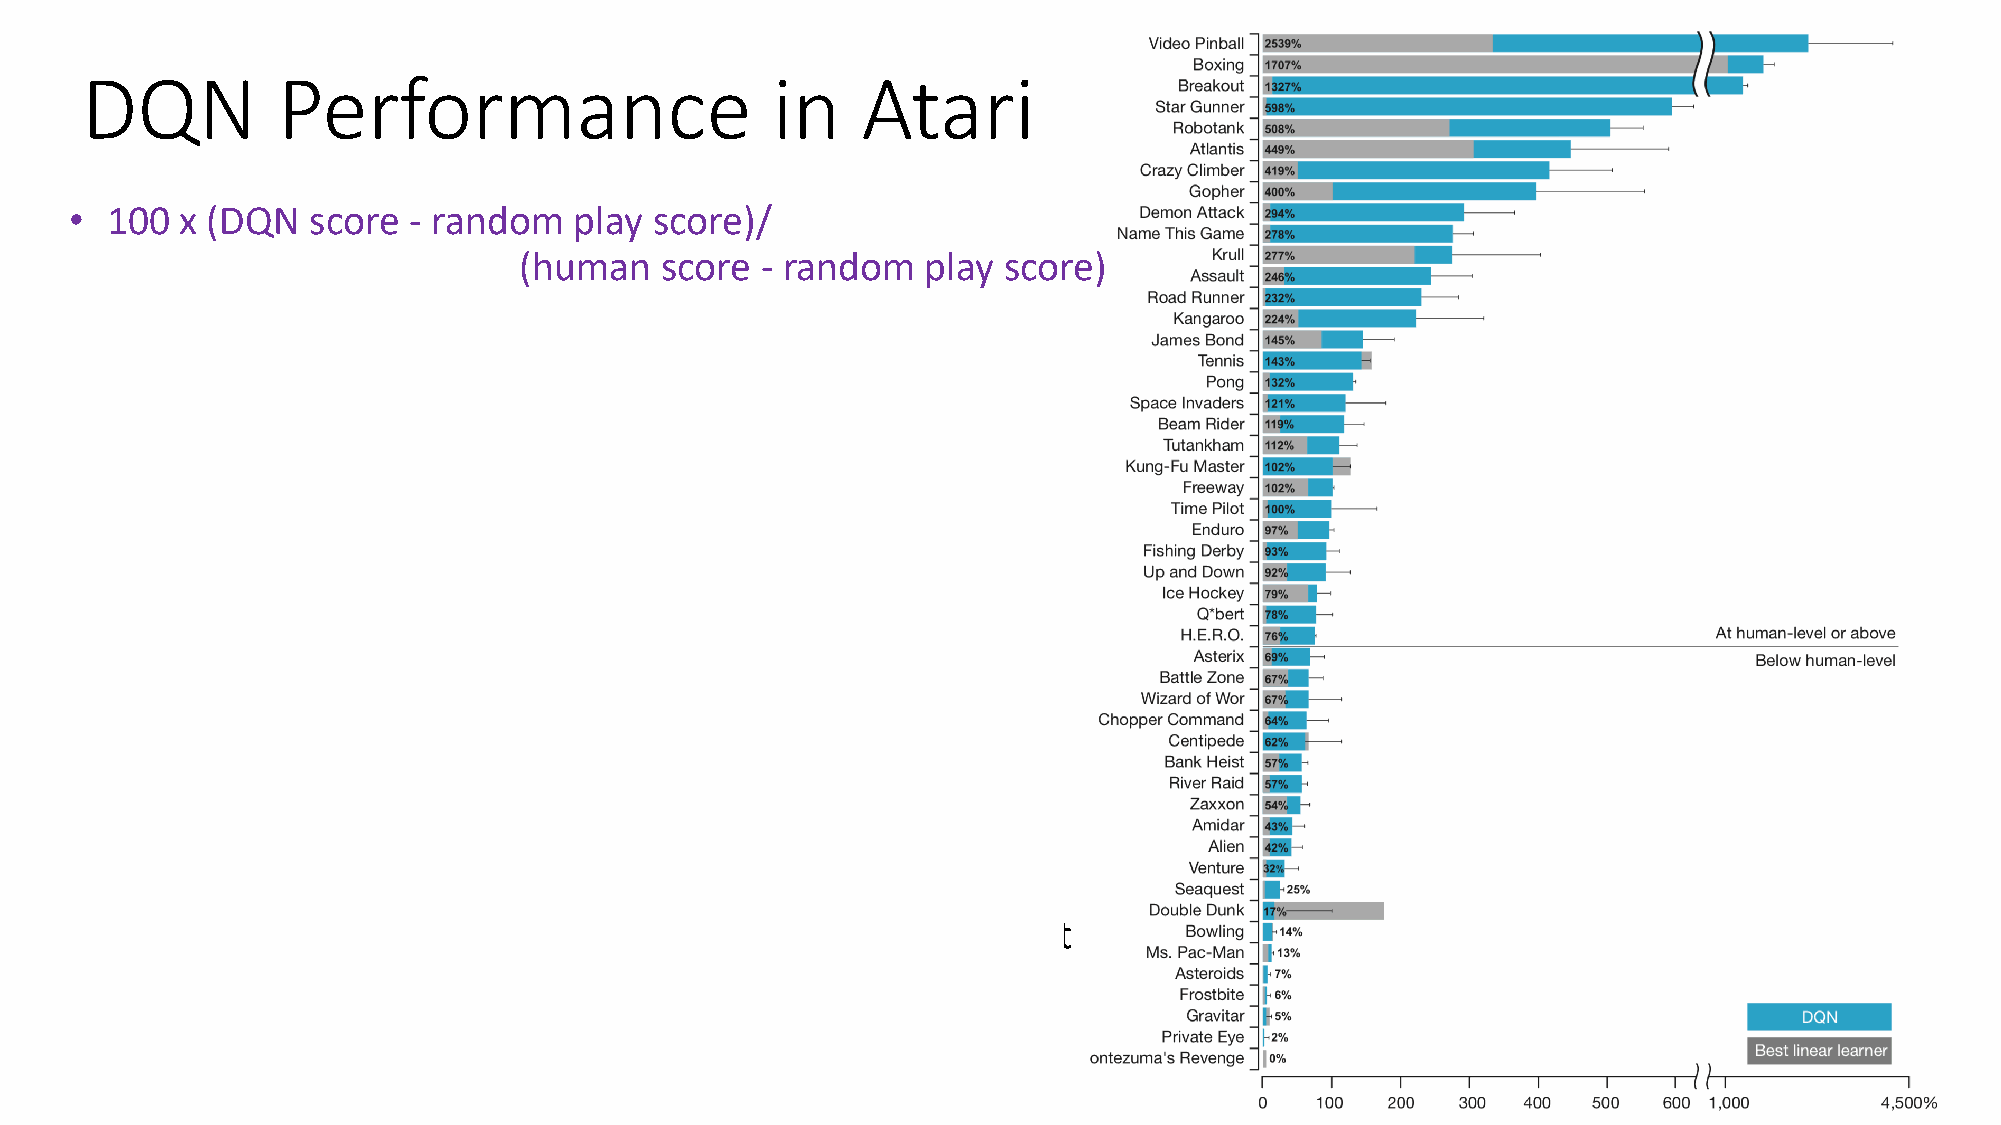
DQN          Performance                      in    Atari
 • 100  x (DQN  score  - random   play score)/
 (human    score - random   play score)
 • Score  for each  game  is averaged   over 30  sessions on
 each  game,  each  lasting up  to 5 minutes   and beginning
 with  a random   initial game  state
 • The  professional  human    tester played  using the  same
 emulator   (with the  sound  turned   off). After 2 hours  of
 practice, the  human   played  about  20  episodes  of each
 game   for up to 5 minutes   each  and  was  not allowed   to
 take any  break  during  this time
 • DQN   played  better  than the  human   player
 on  22 of the games.
 • By considering   any  performance    that scored  at or above
 75%  of the  human   score  to be comparable    to, or
 better  than, human-level    play, Mnih  et al. concluded  that
 the levels of play  DQN  learned   reached  or exceeded
 human    level on 29 of the  46 games